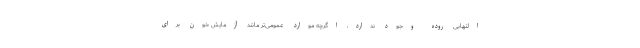
التهابی روده وجود ندارد، اگرچه موارد عمومی‌تر مانند آزمایش خون برای